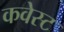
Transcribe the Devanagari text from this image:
कवेस्ट